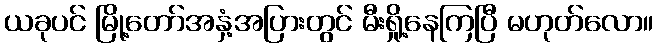
ယခုပင် မြို့တော်အနှံ့အပြားတွင် မီးရှို့နေကြပြီ မဟုတ်လော။